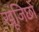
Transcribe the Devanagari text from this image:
खूंजिछो